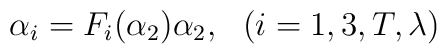
\alpha_{i}=F_{i}(\alpha_{2})\alpha_{2},~~(i=1,3,T,\lambda)